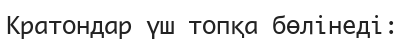
Кратондар үш топқа бөлінеді: